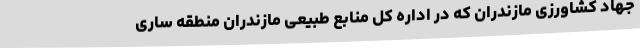
جهاد کشاورزی مازندران که در اداره کل منابع طبیعی مازندران منطقه ساری